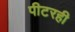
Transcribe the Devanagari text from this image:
पीटरही